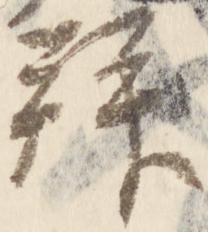
拝